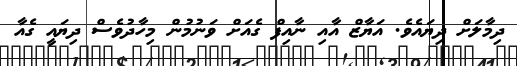
ދިމާލަށް ދިޔައެވެ. އަޔާޒް އާއި ނާއިފް ގެއަށް ވަނުމުން މިހާދުވެސް ދިޔައީ ގެއާ